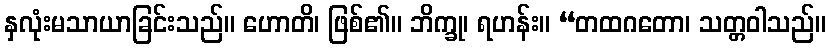
နှလုံးမသာယာခြင်းသည်။ ဟောတိ၊ ဖြစ်၏။ ဘိက္ခု၊ ရဟန်း။ “တထဂတော၊ သတ္တဝါသည်။